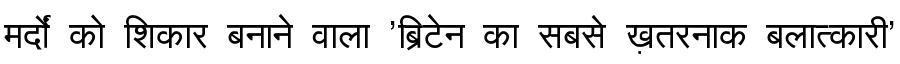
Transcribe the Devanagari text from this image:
मर्दों को शिकार बनाने वाला 'ब्रिटेन का सबसे ख़तरनाक बलात्कारी'